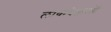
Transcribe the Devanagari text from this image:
लोकवेताओं